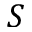
S